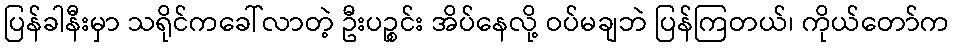
ပြန်ခါနီးမှာ သရိုင်ကခေါ်လာတဲ့ ဦးပဉ္စင်း အိပ်နေလို့ ဝပ်မချဘဲ ပြန်ကြတယ်၊ ကိုယ်တော်က